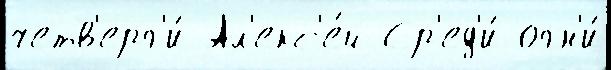
четв'ерг'и́ Ал'екс'е́й Ср'ед'и́ огн'и́